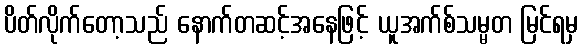
ပိတ်လိုက်တော့သည် နောက်တဆင့်အနေဖြင့် ယူအက်စ်သမ္မတ မြင်ရမှ